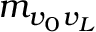
m _ { v _ { 0 } v _ { L } }